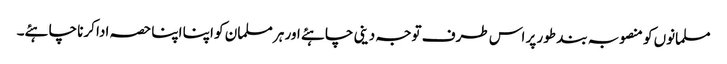
مسلمانوں کو منصوبہ بند طور پر اس طرف توجہ دینی چاہئے اور ہر مسلمان کو اپنا اپنا حصہ ادا کرنا چاہئے۔